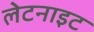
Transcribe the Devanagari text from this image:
लेटनाइट